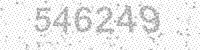
Solution: 546249